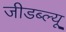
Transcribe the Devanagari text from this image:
जीडब्ल्यू